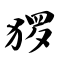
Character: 猡